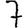
Digit: 7